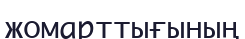
жомарттығының